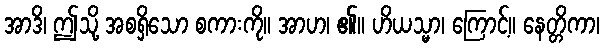
အာဒိ၊ ဤသို့ အစရှိသော စကားကို။ အာဟ၊ ၏။ ဟိယသ္မာ၊ ကြောင့်။ နေတ္တိကာ၊